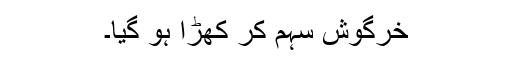
خرگوش سہم کر کھڑا ہو گیا۔